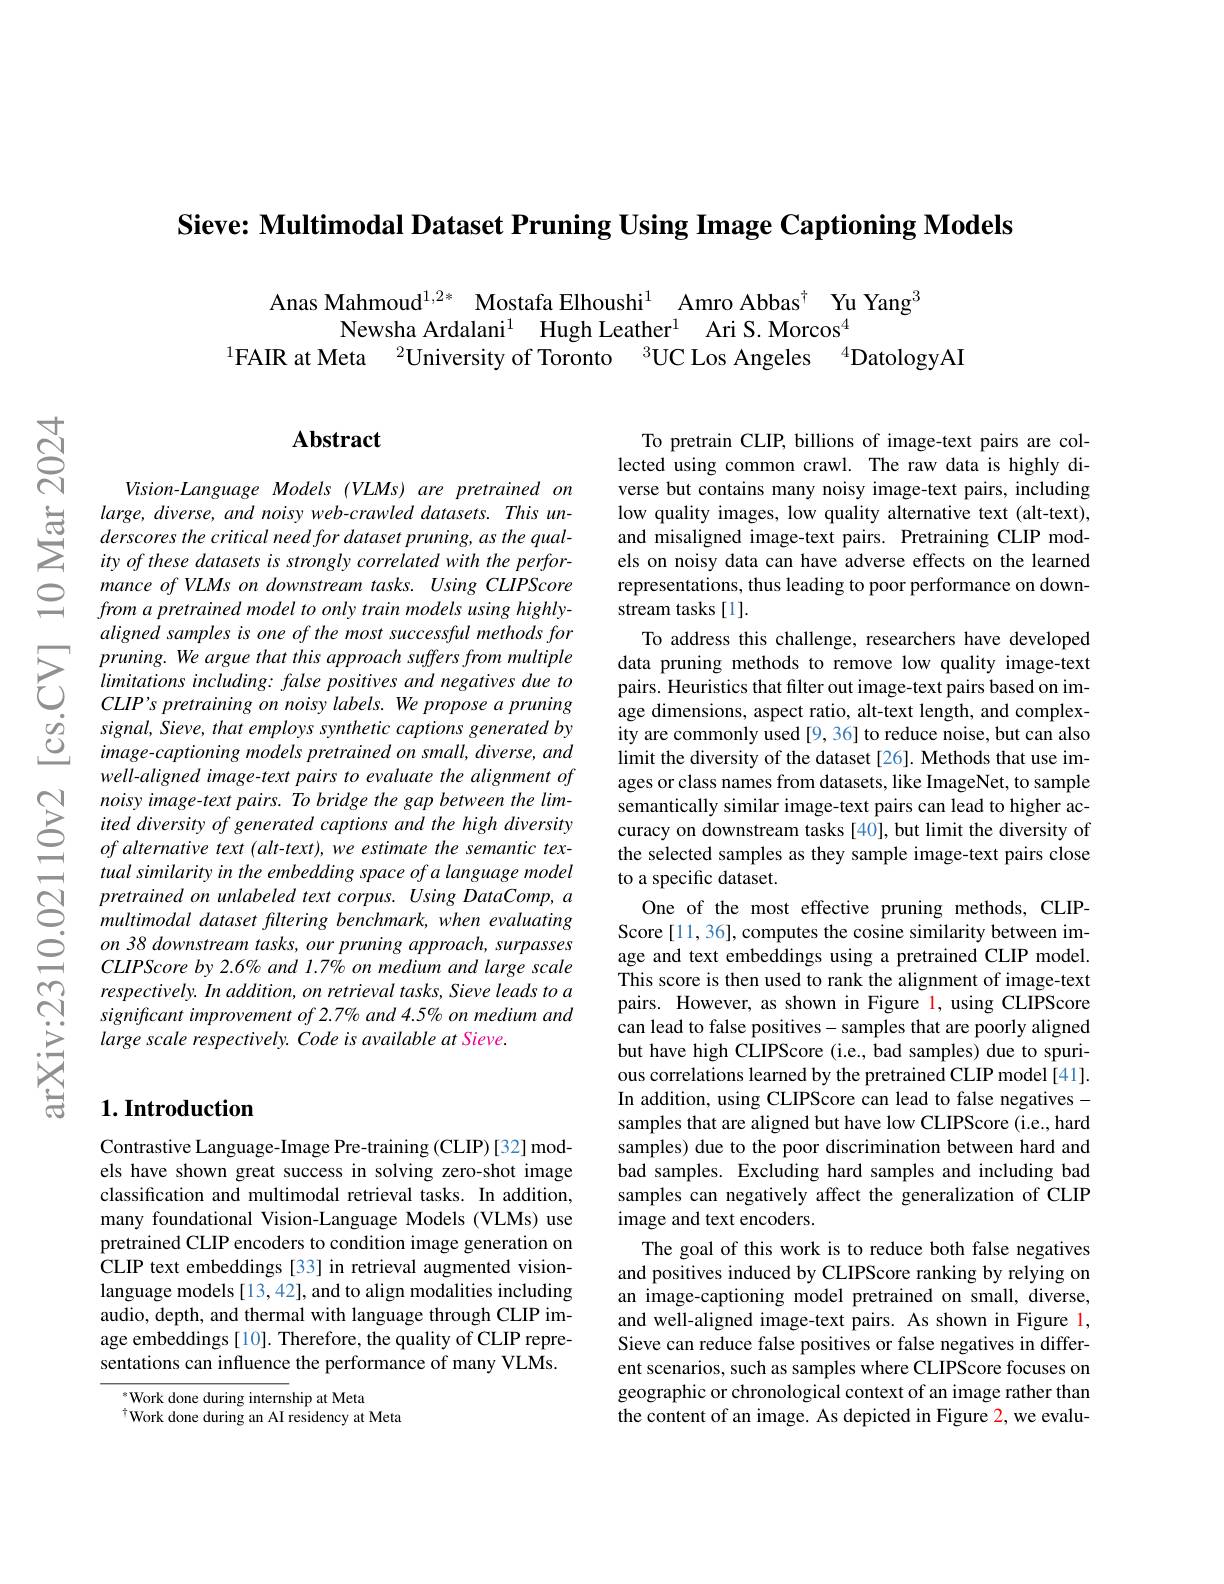
Sieve: Multimodal Dataset Pruning Using Image Captioning Models

Anas Mahmoud$^{1,2*}$ Mostafa Elhoushi$^{1}$ Amro Abbas$^{\dagger}$ Yu Yang$^{3}$
Newsha Ardalani$^{1}$ Hugh Leather$^{1}$ Ari S. Morcos$^{4}$
$^{1}$FAIR at Meta$^2$University of Toronto$^3$UC Los Angeles$^4$DatologyAI

$으$

$હું$

## Abstract

Vision-Language Models (VLMs) are pretrained on
$\sum_{\begin{array}{cc}\text{总}&\text{large, diverse, and noisy web-crawled datasets. This un-}\\\text{derscores the critical neeed for dataset pruning, as the qual-}\\\text{ity of these datasets is strongly correlated with the perfor-}\end{array}}$
mance of VLMs on downstream tasks. Using CLIPScore from a pretrained model to only train models using highlyaligned samples is one of the most successful methods for
pruning. We argue that this approach suffers from multipledata pruning methods to remove low quality image- text limintiarions including: false positives. and negatives due to pairs. Heuristics that filter out image- text CLIP' s pretraining on
$\begin{array}{ccc}{&CLIP's\:pretraining\:on\:noisy\:labels.\:We\:propose\:a\:pruning}\\{\dot{o}}&{signal,\:Sieve,\:that\:employs\:synthetic\:captions\:generated\:by}\\{\dot{O}}&{image-captioning\:models\:pretrained\:on\:small,\:diverse,\:and}\end{array}$
well-aligned image-text pairs to evaluate the alignment of noisy image-text pairs. To bridge the gap between the limited diversity of generated captions and the high diversity $of\textit{alternative text ( alt- text) , we estimate the semantic tex- }$ tual similarity in the embedding space of a language model pretrained on unlabeled text corpus. Using DataComp, a multimodal dataset filtering benchmark, when evaluating on 38 downstream tasks, our pruning approach, surpasses CLIPScore by 2.6% and 1.7% on medium and large scale respectively. In addition, on retrieval tasks, Sieve leads to a significant improvement of 2.7% and 4.5% on medium and large scale respectively. Code is available at Sieve.

## $1. \textbf{Introduction}$

Contrastive Language-Image Pre-training (CLIP) [32] models have shown great success in solving zero-shot image classification and multimodal retrieval tasks. In addition, many foundational Vision-Language Models (VLMs) use pretrained CLIP encoders to condition image generation on CLIP text embeddings [33] in retrieval augmented visionlanguage models [13,42], and to align modalities including audio, depth, and thermal with language through CLIP image embeddings[10]. Therefore, the quality of CLIP representations can influence the performance of many VLMs.

$^{*}$Work done during internship at Meta
$^{\dagger}$Work done during an AI residency at Meta

To pretrain CLIP, billions of image-text pairs are collected using common crawl. The raw data is highly diverse but contains many noisy image-text pairs, including low quality images, low quality alternative text (alt-text), and misaligned image-text pairs. Pretraining CLIP models on noisy data can have adverse effects on the learned representations, thus leading to poor performance on downstream tasks [1].
To address this challenge, researchers have developed age dimensions, aspect ratio, alt-text length, and complexity are commonly used [9, 36] to reduce noise, but can also limit the diversity of the dataset [26]. Methods that use images or class names from datasets, like ImageNet, to sample semantically similar image-text pairs can lead to higher accuracy on downstream tasks [40], but limit the diversity of the selected samples as they sample image-text pairs close to a specific dataset.
One of the most effective pruning methods, CLIPScore [11,36], computes the cosine similarity between image and text embeddings using a pretrained CLIP model. This score is then used to rank the alignment of image-text pairs. However, as shown in Figure l, using CLIPScore can lead to false positives- samples that are poorly aligned but have high CLIPScore (i.e., bad samples) due to spurious correlations learned by the pretrained CLIP model [41]. In addition, using CLIPScore can lead to false negatives - samples that are aligned but have low CLIPScore (i.e., hard samples) due to the poor discrimination between hard and bad samples. Excluding hard samples and including bad samples can negatively affect the generalization of CLIP image and text encoders.
The goal of this work is to reduce both false negatives and positives induced by CLIPScore ranking by relying on an image-captioning model pretrained on small, diverse, and well-aligned image-text pairs. As shown in Figure l, Sieve can reduce false positives or false negatives in different scenarios, such as samples where CLIPScore focuses on geographic or chronological context of an image rather than the content of an image. As depicted in Figure 2, we evalu-